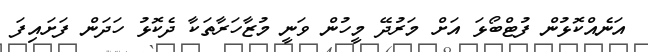
އަނެއްކޮޅުން ފުޓްބޯޅަ އަށް މަރުދޭ މީހުން ވަނީ މުޒާހަރާތަކާ ދެކޮޅު ހަދަން ފަށައިފަ